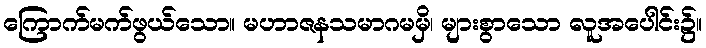
ကြောက်မက်ဖွယ်သော။ မဟာဇနသမာဂမမှိ၊ များစွာသော လူအပေါင်း၌။